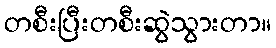
တစီးပြီးတစီးဆွဲသွားတာ။